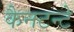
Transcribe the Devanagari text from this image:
कैनटन्टे